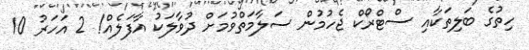
ހިތުގެ ބަލިތަކާއި ސްޓްރޯކް ޖެހުމުން ސަލާމަތްވުމަށް ދުވާލަކު އާފަލެއް! 2 އަހަރު 10